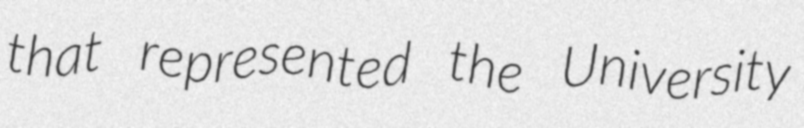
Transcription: that represented the University